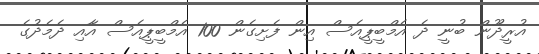
އުރީދޫން ބުނީ ދެ އެމްބީޕީއެސް އިން ފެށިގެން 100 އެމްބީޕީއެސް އާއި ދެމެދުގެ